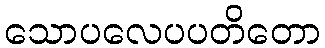
သောပလေပပတိတော